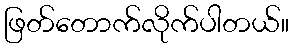
ဖြတ်တောက်လိုက်ပါတယ်။